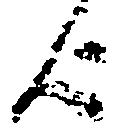
歟